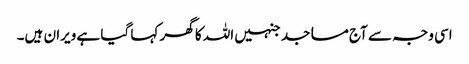
اسی وجہ سے آج مساجد جنہیں اللہ کا گھر کہا گیا ہے ویران ہیں۔